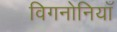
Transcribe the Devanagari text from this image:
विगनोनियाँ